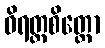
ဝိရတ္တစိတ္တော